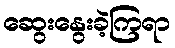
ဆွေးနွေးခဲ့ကြရာ